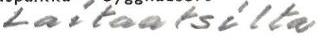
Laitaatsilta